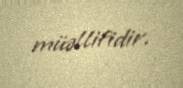
müəllifidir.